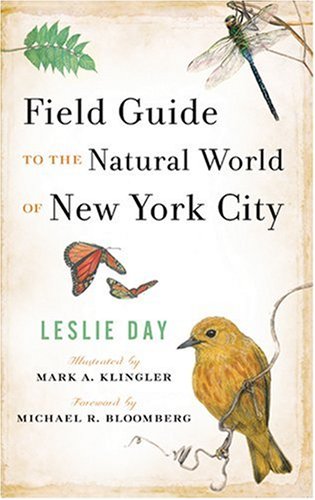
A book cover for Field Guide to the Natural World of New York City; Leslie Day; Science & Math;